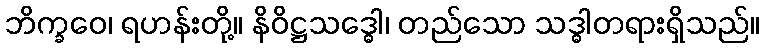
ဘိက္ခဝေ၊ ရဟန်းတို့။ နိဝိဋ္ဌသဒ္ဓေါ၊ တည်သော သဒ္ဓါတရားရှိသည်။